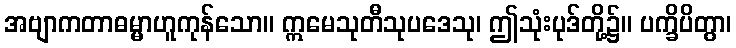
အဗျာကတာဓမ္မာဟူကုန်သော။ ဣမေသုတီသုပဒေသု၊ ဤသုံးပုဒ်တို့၌။ ပက္ခိပိတွာ၊